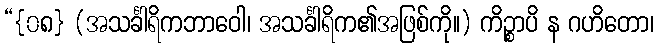
“{၀၈} (အသင်္ခါရိကဘာဝေါ၊ အသင်္ခါရိက၏အဖြစ်ကို။) ကိဉ္စာပိ န ဂဟိတော၊